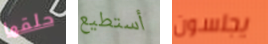
حلقها أستطيع يجلسون